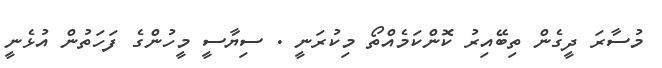
މުސާރަ ދީގެން ތިބޭއިރު ކޮންކަމެއްތޯ މިކުރަނީ . ސިޔާސީ މީހުންގެ ފަހަތުން އުޅެނީ